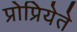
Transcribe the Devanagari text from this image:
प्रोप्रियेते